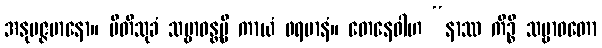
အနုမဇ္ဇမာနော။ ပီတိသုခံ သဗ္ဗာဝန္တမ္ပိ ကာယံ ဖရမာနံ။ တေနေဝါဟ “နာဿ ကိဉ္စိ သဗ္ဗာဝတော